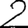
Digit: 2